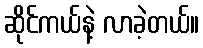
ဆိုင်ကယ်နဲ့ လာခဲ့တယ်။